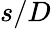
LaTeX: s/D